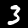
Digit: 3